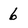
Character: 6